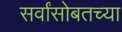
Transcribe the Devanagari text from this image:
सर्वांसोबतच्या